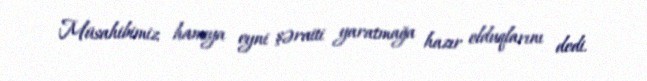
Müsahibimiz hamıya eyni şəraiti yaratmağa hazır olduqlarını dedi.